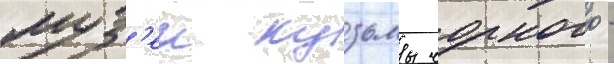
муз'еи кузьмы чорного -